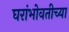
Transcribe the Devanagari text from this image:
घरांभोवतीच्या